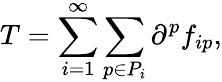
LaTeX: T=\sum_{i=1}^{\infty}\sum_{p\in P_{i}}\partial^{p}f_{ip},